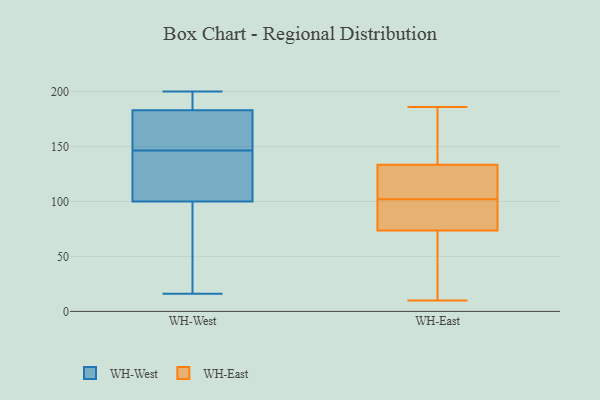
{"axis": {"x": "Budget (USD K)", "y": "Value"}, "legend": ["WH-East", "WH-West"], "data": [{"x": "", "y": 200, "type": "WH-West"}, {"x": "", "y": 171, "type": "WH-West"}, {"x": "", "y": 164, "type": "WH-West"}, {"x": "", "y": 186, "type": "WH-West"}, {"x": "", "y": 183, "type": "WH-West"}, {"x": "", "y": 120, "type": "WH-West"}, {"x": "", "y": 133, "type": "WH-West"}, {"x": "", "y": 192, "type": "WH-West"}, {"x": "", "y": 16, "type": "WH-West"}, {"x": "", "y": 91, "type": "WH-West"}, {"x": "", "y": 100, "type": "WH-West"}, {"x": "", "y": 160, "type": "WH-West"}, {"x": "", "y": 23, "type": "WH-West"}, {"x": "", "y": 111, "type": "WH-West"}, {"x": "", "y": 114, "type": "WH-East"}, {"x": "", "y": 34, "type": "WH-East"}, {"x": "", "y": 141, "type": "WH-East"}, {"x": "", "y": 92, "type": "WH-East"}, {"x": "", "y": 117, "type": "WH-East"}, {"x": "", "y": 94, "type": "WH-East"}, {"x": "", "y": 102, "type": "WH-East"}, {"x": "", "y": 169, "type": "WH-East"}, {"x": "", "y": 186, "type": "WH-East"}, {"x": "", "y": 11, "type": "WH-East"}, {"x": "", "y": 83, "type": "WH-East"}, {"x": "", "y": 102, "type": "WH-East"}, {"x": "", "y": 118, "type": "WH-East"}, {"x": "", "y": 10, "type": "WH-East"}, {"x": "", "y": 154, "type": "WH-East"}, {"x": "", "y": 126, "type": "WH-East"}, {"x": "", "y": 64, "type": "WH-East"}, {"x": "", "y": 184, "type": "WH-East"}, {"x": "", "y": 94, "type": "WH-East"}, {"x": "", "y": 43, "type": "WH-East"}]}